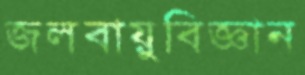
জলবায়ুবিজ্ঞান